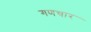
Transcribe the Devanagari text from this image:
गणचार